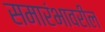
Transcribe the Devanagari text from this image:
समारंभावरील